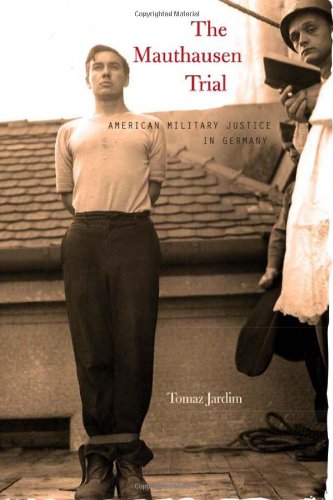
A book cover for The Mauthausen Trial: American Military Justice in Germany; Tomaz Jardim; Law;